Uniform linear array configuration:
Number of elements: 12
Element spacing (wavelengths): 1
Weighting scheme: hamming
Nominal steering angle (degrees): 15
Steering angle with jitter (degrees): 14.968
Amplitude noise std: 0.05
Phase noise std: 0.05

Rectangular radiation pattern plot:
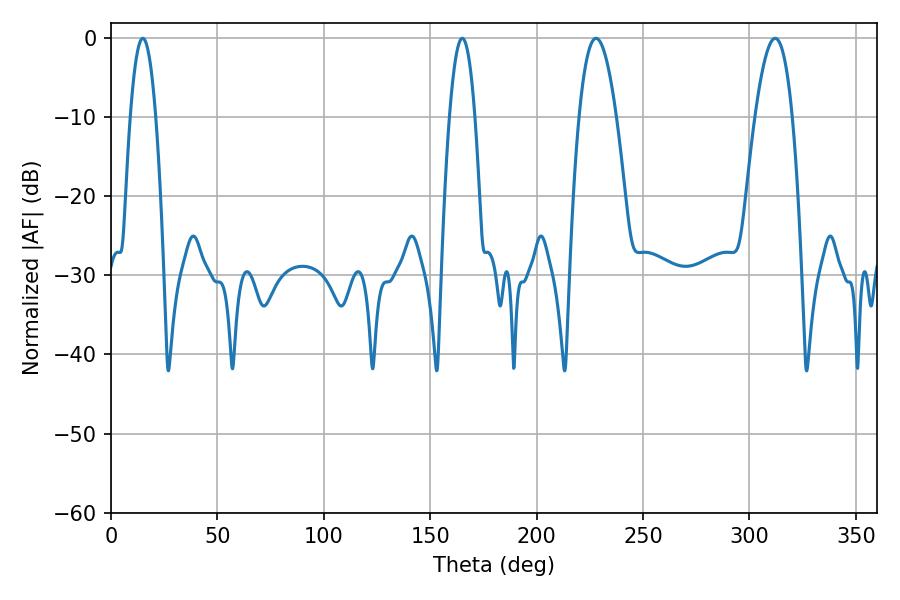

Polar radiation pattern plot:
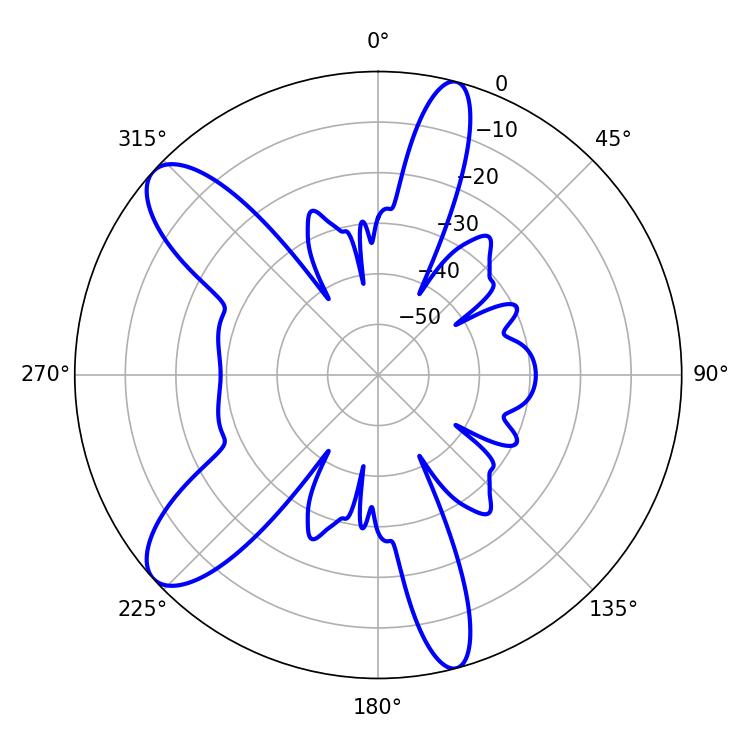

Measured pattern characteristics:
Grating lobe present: TRUE
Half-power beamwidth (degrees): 6.48
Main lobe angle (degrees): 14.94